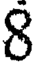
8